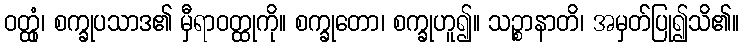
ဝတ္ထုံ၊ စက္ခုပသာဒ၏ မှီရာဝတ္ထုကို။ စက္ခုတော၊ စက္ခုဟူ၍။ သဉ္စာနာတိ၊ အမှတ်ပြု၍သိ၏။